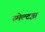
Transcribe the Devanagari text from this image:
स्मेल्टझ